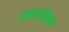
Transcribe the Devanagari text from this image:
सह्याद्रीबुक्स